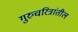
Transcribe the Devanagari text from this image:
गुरुचरित्रांतील